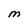
Character: M